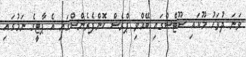
ވަނަ ދުވަހު މޫކައި ސޫޓްސްގައި ބޭއްވި ޕްރެސް ކޮންފެރެންސްގައި އެ ޕާޓީގެ ނަމުގައި